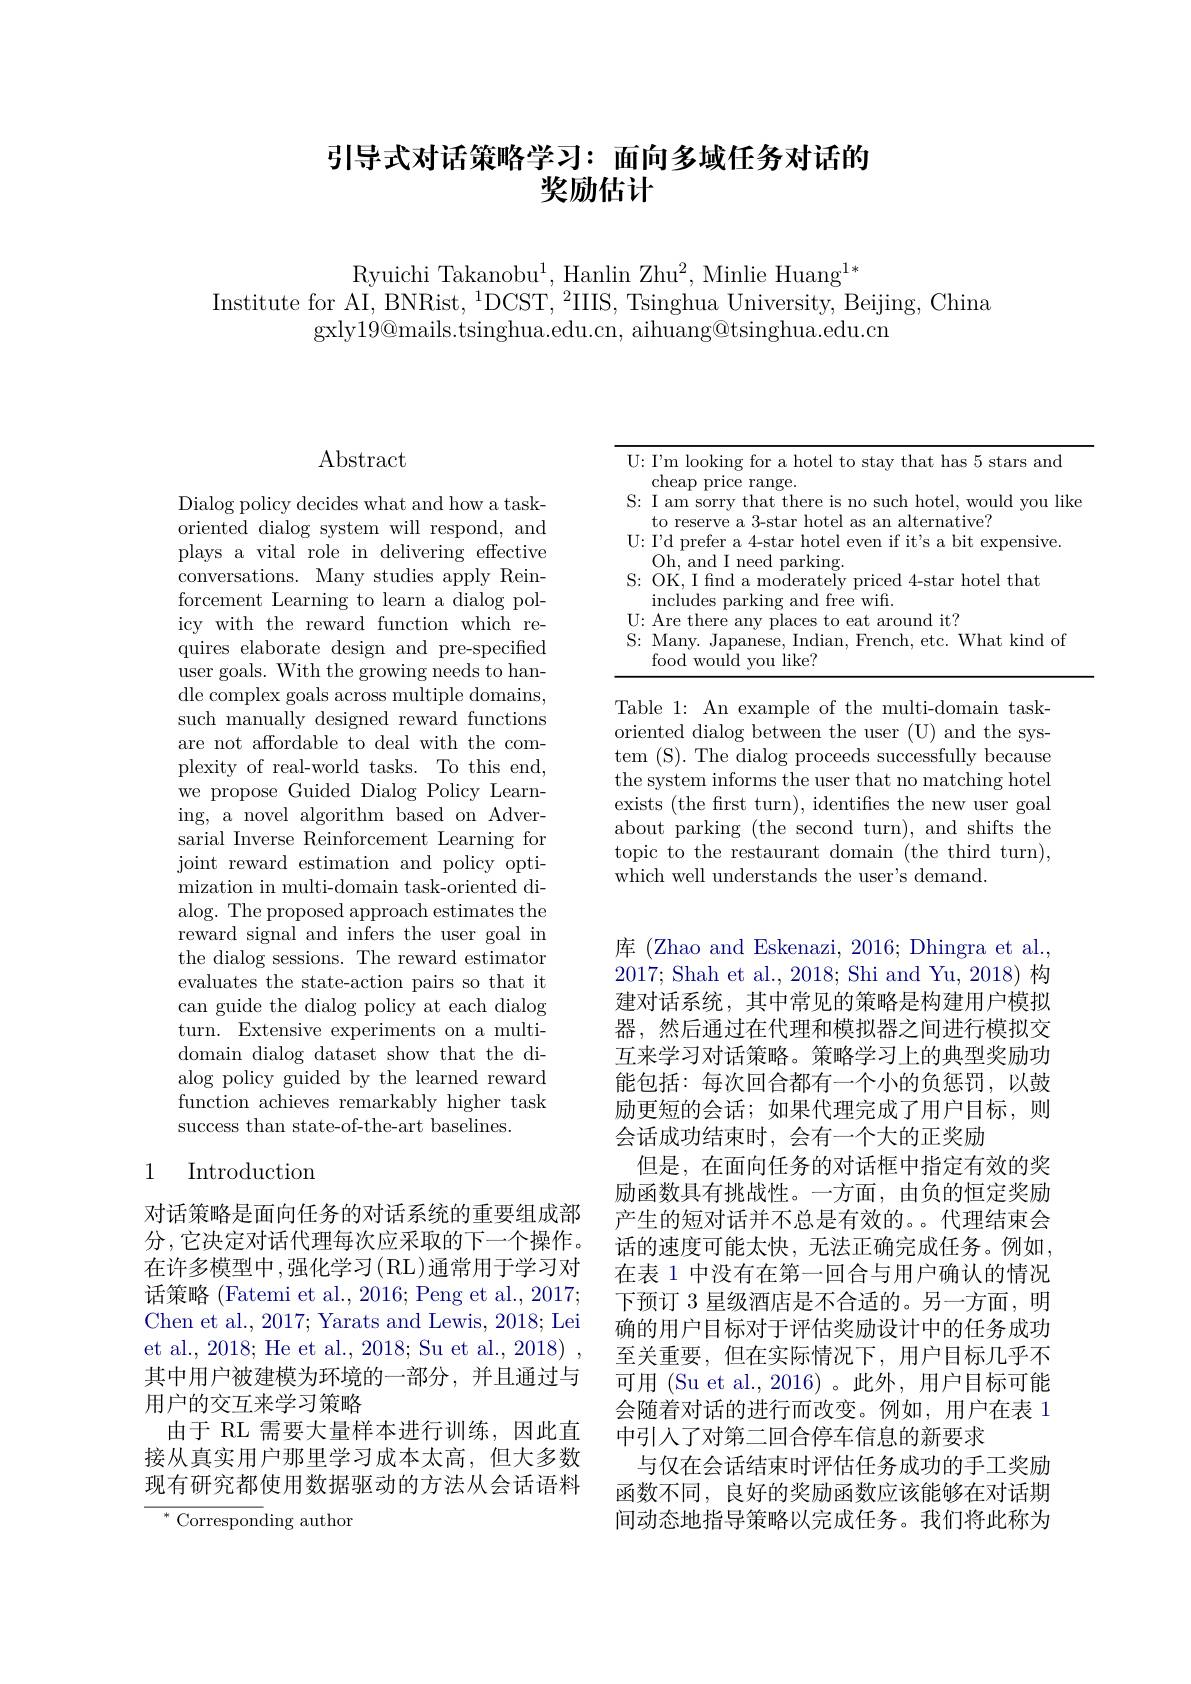
# 引导式对话策略学习：面向多域任务对话的奖励估计

Ryuichi Takanobu$^1$,Hanlin Zhu$^2$, Minlie Huang$^1*$
Institute for AI, BNRist, $^1$DCST, $^2$IIIS, Tsinghua University, Beijing, China
gxly19@ mails. tsinghua. edu. cn, aihuang@ tsinghua. edu. cn

## $\operatorname{Abstract}$

Dialog policy decides what and how a taskoriented dialog system will respond, and plays a vital role in delivering effective conversations. Many studies apply Reinforcement Learning to learn a dialog policy with the reward function which requires elaborate design and pre-specified user goals. With the growing needs to handle complex goals across multiple domains, such manually designed reward functions are not affordable to deal with the complexity of real-world tasks. To this end, we propose Guided Dialog Policy Learning, a novel algorithm based on Adversarial Inverse Reinforcement Learning for joint reward estimation and policy optimization in multi-domain task-oriented dialog. The proposed approach estimates the reward signal and infers the user goal in the dialog sessions. The reward estimator evaluates the state-action pairs so that it can guide the dialog policy at each dialog turn. Extensive experiments on a multidomain dialog dataset show that the dialog policy guided by the learned reward function achieves remarkably higher task success than state-of-the-art baselines.

## 1 Introduction

对话策略是面向任务的对话系统的重要组成部分，它决定对话代理每次应采取的下一个操作， 在许多模型中，强化学习(RL)通常用于学习对话策略 (Fatemi et al., 2016; Peng et al., 2017; Chen et al., 2017; Yarats and Lewis, 2018; Lei et al., 2018; He et al., 2018; Su et al., 2018) , 其中用户被建模为环境的一部分，并且通过与用户的交互来学习策略
由于 RL 需要大量样本进行训练，因此直接从真实用户那里学习成本太高，但大多数现有研究都使用数据驱动的方法从会话语料

${^*\text{ Corresponding author}}$

<table>
	<tbody>
		<tr>
			<td>$\operatorname{cheap}$pr $S:I$ am SOr $t_{\mathrm{C}}$ ract</td>
			<td>$\operatorname{lige}$ I am sorry that there is no such hotel, would you like</td>
		</tr>
		<tr>
			<td>$\textbf{U ICDCI}$ U: $I^{\prime }$d prefe $Oh$, $\varepsilon$ and</td>
			<td>:I'd prefer a 4-star hotel even if it's a bit expensive Oh, and I need parking</td>
		</tr>
		<tr>
			<td>OK, I fin S: $\operatorname{includes}$</td>
			<td>OK, I fnd a moderately priced 4-star hotel that includes parking and free wift</td>
		</tr>
		<tr>
			<td>$\mathbf{U}\colon$Are ther</td>
			<td>Are there $2|aces$ s to eat around it'</td>
		</tr>
		<tr>
			<td>S: Many. J food WOl</td>
			<td>Many. Japanese, Indian, French, etc. What kind of food would vou like?</td>
		</tr>
	</tbody>
</table>

Table 1: An example of the multi-domain taskoriented dialog between the user (U) and the system (S). The dialog proceeds successfully because the system informs the user that no matching hotel exists (the frst turn), identifies the new user goal about parking (the second turn), and shifts the topic to the restaurant domain (the third turn), which well understands the user's demand.

库 (Zhao and Eskenazi, 2016; Dhingra et al., 2017; Shah et al., 2018; Shi and Yu, 2018) 构建对话系统，其中常见的策略是构建用户模拟器，然后通过在代理和模拟器之间进行模拟交互来学习对话策略。策略学习上的典型奖励功能包括：每次回合都有一个小的负惩罚，以鼓励更短的会话；如果代理完成了用户目标，则会话成功结束时，会有一个大的正奖励
但是，在面向任务的对话框中指定有效的奖励函数具有挑战性。一方面，由负的恒定奖励产生的短对话并不总是有效的。。代理结束会话的速度可能太快，无法正确完成任务。例如， 在表 1 中没有在第一回合与用户确认的情况下预订 3 星级酒店是不合适的。另一方面，明确的用户目标对于评估奖励设计中的任务成功至关重要，但在实际情况下，用户目标几乎不可用 (Su et al.,2016)。此外，用户目标可能会随着对话的进行而改变。例如，用户在表 1中引入了对第二回合停车信息的新要求
与仅在会话结束时评估任务成功的手工奖励函数不同，良好的奖励函数应该能够在对话期间动态地指导策略以完成任务。我们将此称为